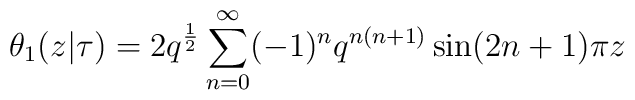
\theta_1(z|\tau)=2q^\frac{1}{2}\sum_{n=0}^{\infty}(-1)^nq^{n(n+1)}\sin(2n+1)\pi z